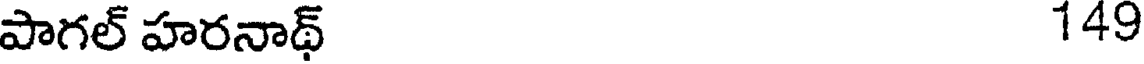
పాగల్ హరనాథ్ 149